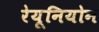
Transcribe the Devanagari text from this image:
रेयूनियोन